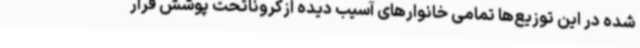
شده در این توزیع‌ها تمامی خانوارهای آسیب دیده ازکروناتحت پوشش قرار